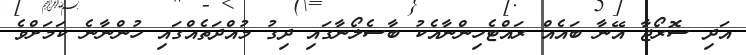
އަދި ސޮރޯޖާ އޭނާ ބައެއް ރައްޓެހިންނާއެކު ބާސެލޯނާގައި ދިގު މުއްދަތެއްގައި ހުންނާނެ ކަމަށްވެ